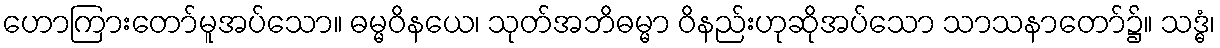
ဟောကြားတော်မူအပ်သော။ ဓမ္မဝိနယေ၊ သုတ်အဘိဓမ္မာ ဝိနည်းဟုဆိုအပ်သော သာသနာတော်၌။ သဒ္ဓံ၊